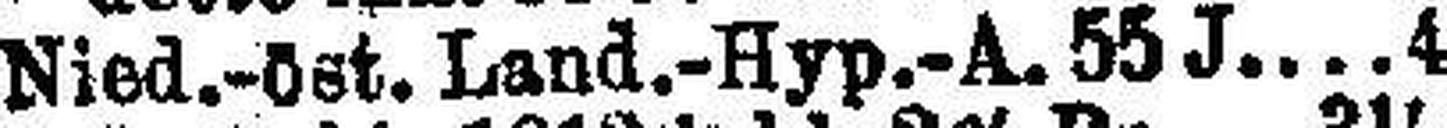
Nied.-öst. Land.-Hyp.-A. 55 J 4